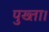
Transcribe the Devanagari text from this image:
पुख्ता।